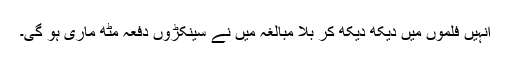
انہیں فلموں میں دیکھ دیکھ کر بلا مبالغہ میں نے سینکڑوں دفعہ مُٹھ ماری ہو گی۔